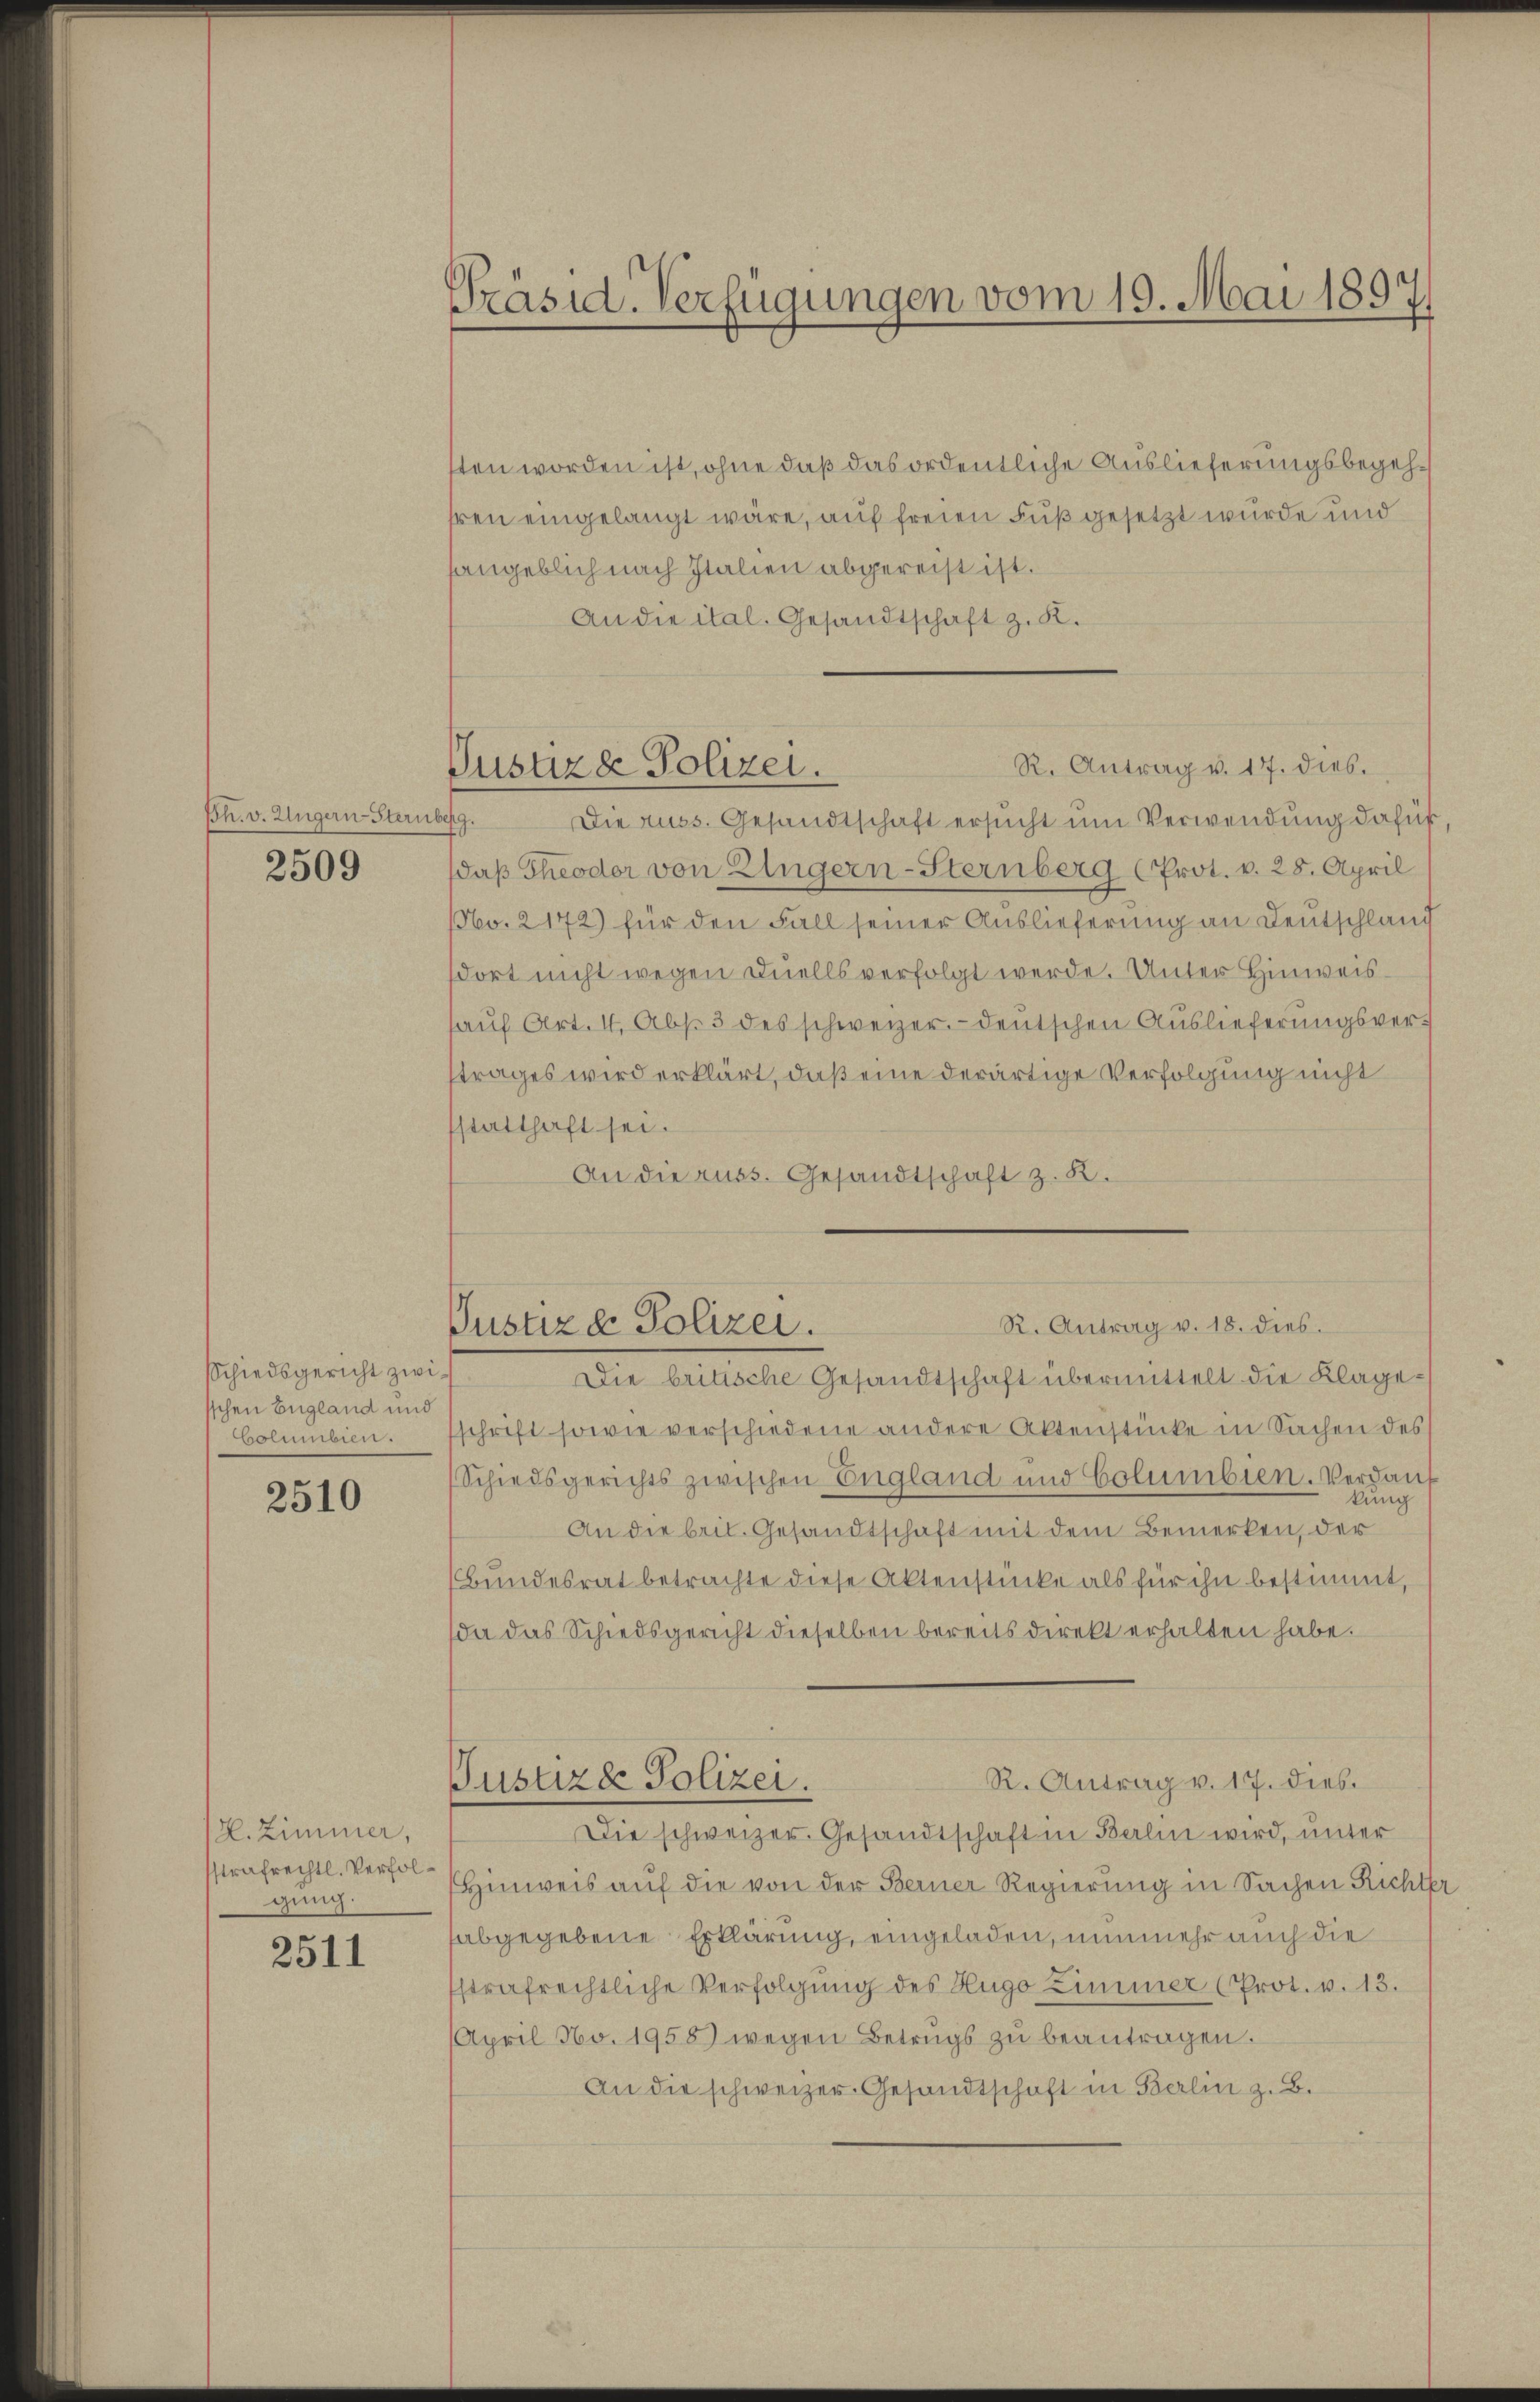
Bh. v. Ungern-Sternberg.

2509

Schiedsgericht zwisschen England und
Columbien.

2510

H. Zimmer,
sstrafrechtl. Verfolgung.

2511

Präsid. Verfügungen vom 19. Mai 1897.

sten worden ist, ohne daß das ordentliche Auslieferungsbegehhren eingelangt wäre, auf freien Fuß gesetzt wurde und
hangeblich nach Italien abgereist ist.
An die ital. Gesandtschaft z. K.

Die russ. Gesandtschaft ersucht um Verwendung dafür,
daß Theodor von Eingern-Sternberg (Prot. v. 28. April
No. 2172) für den Fall seiner Auslieferung an Deutschlauch
dort nicht wegen Duells verfolgt werde. Unter Hinweishaŭf Art. I. Abs. 3 des schweizer.- deutschen Auslieferungsverstrages wird erklärt, daß eine derartige Verfolgung nicht
statthaft sei.
An die russ. Gesandtschaft z. K.

R. Antrag v. 17. dies.
Justiza Polizei.

Die britische Gesandtschaft übermittelt die Klageschrift sowie verschiedene andere Aktenstücke in Sachen des
Schiedsgerichts zwischen England und Columbien. Verdank
kung
An die beit. Gesandtschaft mit dem Bemerken, der
Bundesrat betrachte diese Aktenstücke als für ihn bestimmt,
(da das Schiedsgericht dieselben bereits direkt erhalten habe.
R. Antrag v. 17. dies
Justiz & Polizei.
Die schweizer. Gesandtschaft in Berlin wird, unter
Hinweis auf die von der Berner Regierung in Sachen Richter
abgegebene Erklärung, eingeladen, nunmehr auch die
strafrechtliche Verfolgung des Hugo Zimmer (Prot. v. 13.
April No. 1958 wegen Betrugs zu beantragen.
An die schweizer Gesandtschaft in Berlin z. B.

R. Antrag v. 18. dies
Justiz & Polizei.